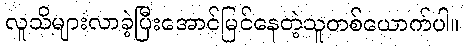
လူသိများလာခဲ့ပြီးအောင်မြင်နေတဲ့သူတစ်ယောက်ပါ။